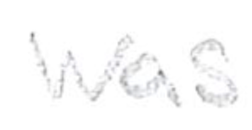
Text: was
Cross-out: clean
Writing tool: pencil